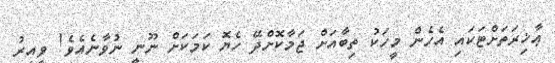
ޢާޚިރަތަށްޓަކައި އެހެން މީހަކު ތިބާއަށް ޖަމާކޮށްދޭ ހެޔޮ ކަމަކަށް ނޫނީ ނުވާނެއެވެ! ވީއިރު